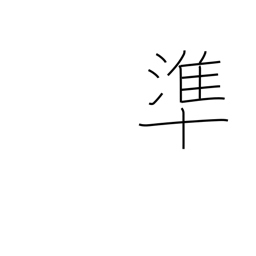
Meaning: correspond to